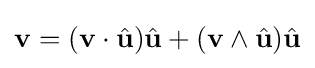
\mathbf {v} =(\mathbf {v} \cdot {\hat {\mathbf {u} }}){\hat {\mathbf {u} }}+(\mathbf {v} \wedge {\hat {\mathbf {u} }}){\hat {\mathbf {u} }}